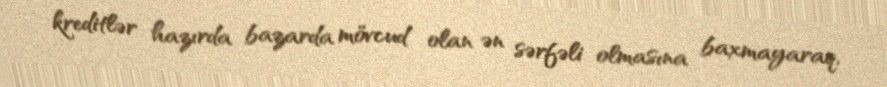
kreditlər hazırda bazarda mövcud olan ən sərfəli olmasına baxmayaraq,